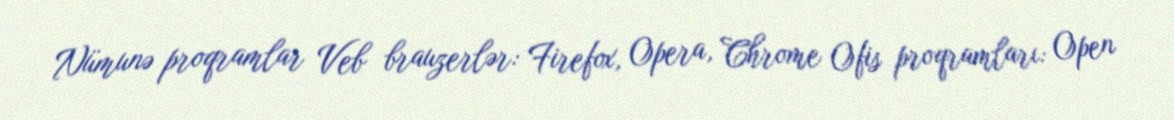
Nümunə proqramlar Veb brauzerlər: Firefox, Opera, Chrome Ofis proqramları: Open